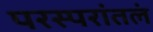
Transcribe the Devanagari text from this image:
परस्परांतलं